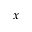
x